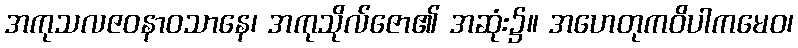
အကုသလဇဝနာဝသာနေ၊ အကုသိုလ်ဇော၏ အဆုံး၌။ အဟေတုကဝိပါကမေဝ၊